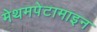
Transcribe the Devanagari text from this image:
मेथमपेटामाइन